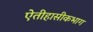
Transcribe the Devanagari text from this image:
ऐतीहासीकभाग